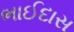
ભાઈદાસ